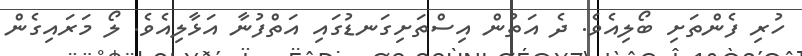
ހުރި ފެންތަށި ބޯލިއެވެ. ދެ އަތުން އިސްތަށިގަނޑުގައި އަތްފުނާ އަޅާލިއެވެ. ލޯ މަރައިގެން